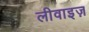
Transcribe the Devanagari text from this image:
लीवाइज़